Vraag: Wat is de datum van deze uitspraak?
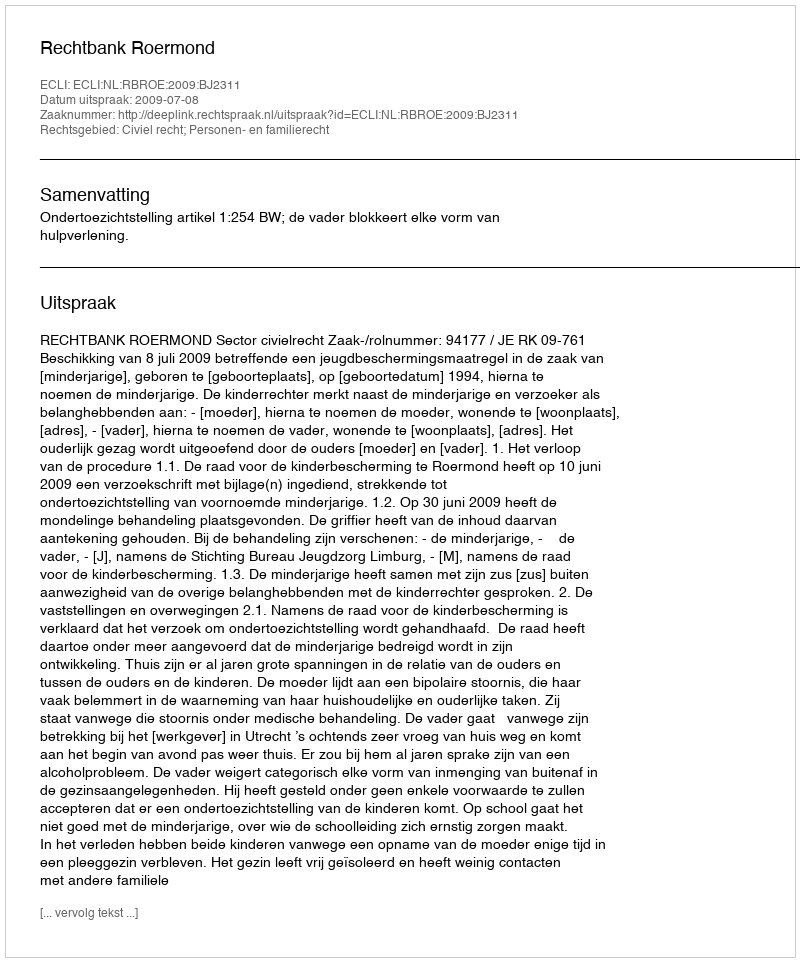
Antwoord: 2009-07-08